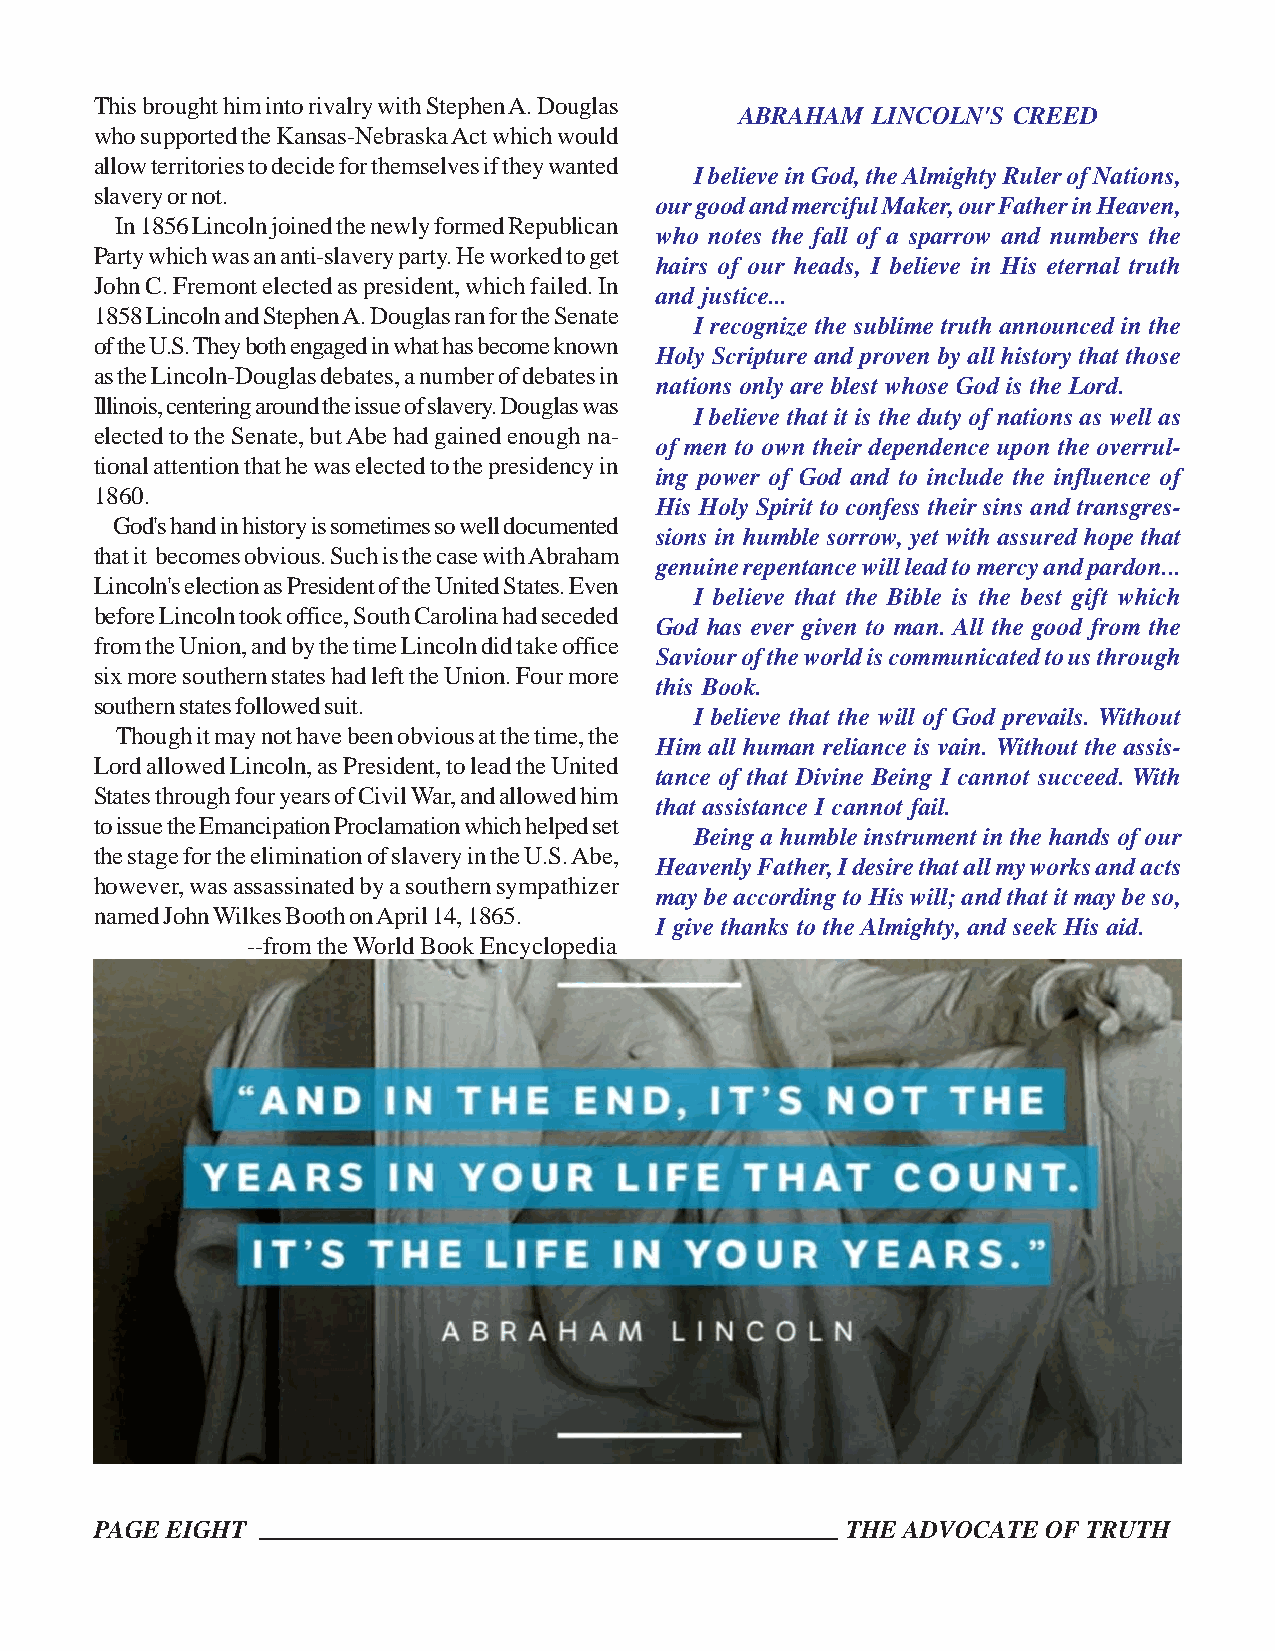
This brought him into rivalry with Stephen A. Douglas
 ABRAHAM  LINCOLN'S CREED
 who supported the Kansas-Nebraska Act which would
 allow territories to decide for themselves if they wanted
 I believe in God, the Almighty Ruler of Nations,
 slavery or not.
 our good and merciful Maker, our Father in Heaven,
 In 1856 Lincoln joined the newly formed Republican
 who notes the fall of a sparrow and numbers the
 Party which was an anti-slavery party. He worked to get
 hairs of our heads, I believe in His eternal truth
 John C. Fremont elected as president, which failed. In
 and justice...
 1858 Lincoln and Stephen A. Douglas ran for the Senate
 I recognize the sublime truth announced in the
 of the U.S. They both engaged in what has become known
 Holy Scripture and proven by all history that those
 as the Lincoln-Douglas debates, a number of debates in
 nations only are blest whose God is the Lord.
 Illinois, centering around the issue of slavery. Douglas was
 I believe that it is the duty of nations as well as
 elected to the Senate, but Abe had gained enough na-
 of men to own their dependence upon the overrul-
 tional attention that he was elected to the presidency in
 ing power of God and to include the influence of
 1860.
 His Holy Spirit to confess their sins and transgres-
 God's hand in history is sometimes so well documented
 sions in humble sorrow, yet with assured hope that
 that it becomes obvious. Such is the case with Abraham
 genuine repentance will lead to mercy and pardon...
 Lincoln's election as President of the United States. Even
 I believe that the Bible is the best gift which
 before Lincoln took office, South Carolina had seceded
 God has ever given to man. All the good from the
 from the Union, and by the time Lincoln did take office
 Saviour of the world is communicated to us through
 six more southern states had left the Union. Four more
 this Book.
 southern states followed suit.
 I believe that the will of God prevails. Without
 Though it may not have been obvious at the time, the
 Him all human reliance is vain. Without the assis-
 Lord allowed Lincoln, as President, to lead the United
 tance of that Divine Being I cannot succeed. With
 States through four years of Civil War, and allowed him
 that assistance I cannot fail.
 to issue the Emancipation Proclamation which helped set
 Being a humble instrument in the hands of our
 the stage for the elimination of slavery in the U.S. Abe,
 Heavenly Father, I desire that all my works and acts
 however, was assassinated by a southern sympathizer
 may be according to His will; and that it may be so,
 named John Wilkes Booth on April 14, 1865.
 I give thanks to the Almighty, and seek His aid.
 --from the World Book Encyclopedia
 PAGE EIGHT                                        THE ADVOCATE OF TRUTH